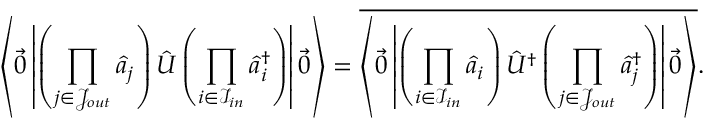
\left\langle \vec { 0 } \left| \left( \prod _ { j \in \mathcal { J } _ { o u t } } \hat { a } _ { j } \right) \hat { U } \left( \prod _ { i \in \mathcal { I } _ { i n } } \hat { a } _ { i } ^ { \dag } \right) \right| \vec { 0 } \right\rangle = \overline { { \left\langle \vec { 0 } \left| \left( \prod _ { { i \in \mathcal { I } _ { i n } } } \hat { a } _ { i } \right) \hat { U } ^ { \dag } \left( \prod _ { j \in \mathcal { J } _ { o u t } } \hat { a } _ { j } ^ { \dag } \right) \right| \vec { 0 } \right\rangle } } .